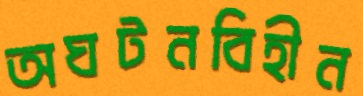
অঘটনবিহীন